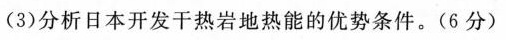
(3)分析日本开发干热岩地热能的优势条件。(6分)